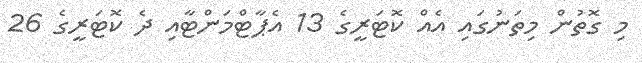
މި ގޮތުން މިތަނުގައި އެއް ކޮޓަރީގެ 13 އެޕާޓްމަންޓާއި ދެ ކޮޓަރީގެ 26